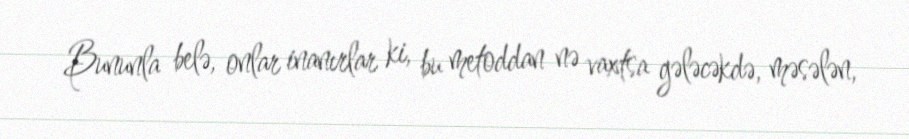
Bununla belə, onlar inanırlar ki, bu metoddan nə vaxtsa gələcəkdə, məsələn,